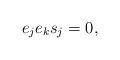
LaTeX: \begin{align*} e_j e_k s_j = 0,\end{align*}